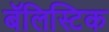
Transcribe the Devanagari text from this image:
बॅलिस्टिक